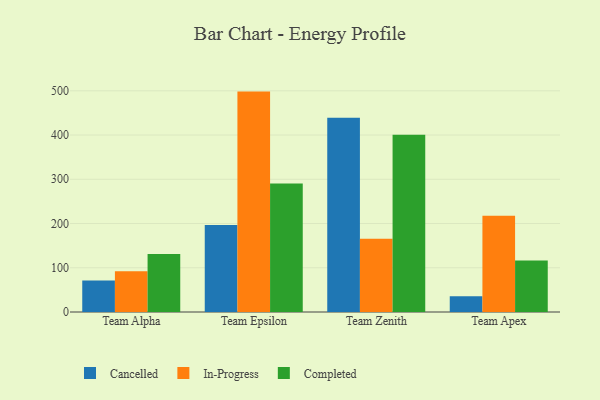
{"axis": {"x": "Team", "y": "LTV (USD)"}, "legend": ["Cancelled", "Completed", "In-Progress"], "data": [{"x": "Team Alpha", "y": 71.2, "type": "Cancelled"}, {"x": "Team Alpha", "y": 92.3, "type": "In-Progress"}, {"x": "Team Alpha", "y": 130.9, "type": "Completed"}, {"x": "Team Epsilon", "y": 196.6, "type": "Cancelled"}, {"x": "Team Epsilon", "y": 498.2, "type": "In-Progress"}, {"x": "Team Epsilon", "y": 290.3, "type": "Completed"}, {"x": "Team Zenith", "y": 438.9, "type": "Cancelled"}, {"x": "Team Zenith", "y": 165.8, "type": "In-Progress"}, {"x": "Team Zenith", "y": 400.6, "type": "Completed"}, {"x": "Team Apex", "y": 35.5, "type": "Cancelled"}, {"x": "Team Apex", "y": 217.3, "type": "In-Progress"}, {"x": "Team Apex", "y": 116.6, "type": "Completed"}]}